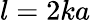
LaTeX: l=2ka